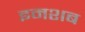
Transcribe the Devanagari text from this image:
इमशब